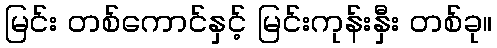
မြင်း တစ်ကောင်နှင့် မြင်းကုန်းနှီး တစ်ခု။